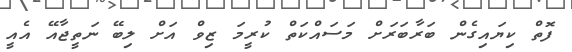
ފޮތް ކިޔައިގެން ބަރާބަރަށް މަސައްކަތް ކުރީމަ ޒިވް އަށް ލިބޭ ނަތީޖާއޭ އެއީ